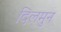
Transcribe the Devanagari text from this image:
दिलमुन